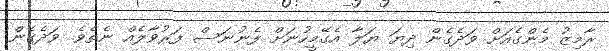
ރާމިޒު މެންގެއަށް ވަދެެގެން ދިޔަ ޔަލާ އެގޭމީހުނަށް ފެނުނަސް ފަރުވާލެއް ނެތެވެ. ވަދެގެން